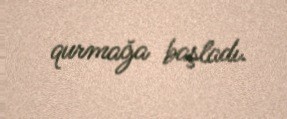
qurmağa başladı.